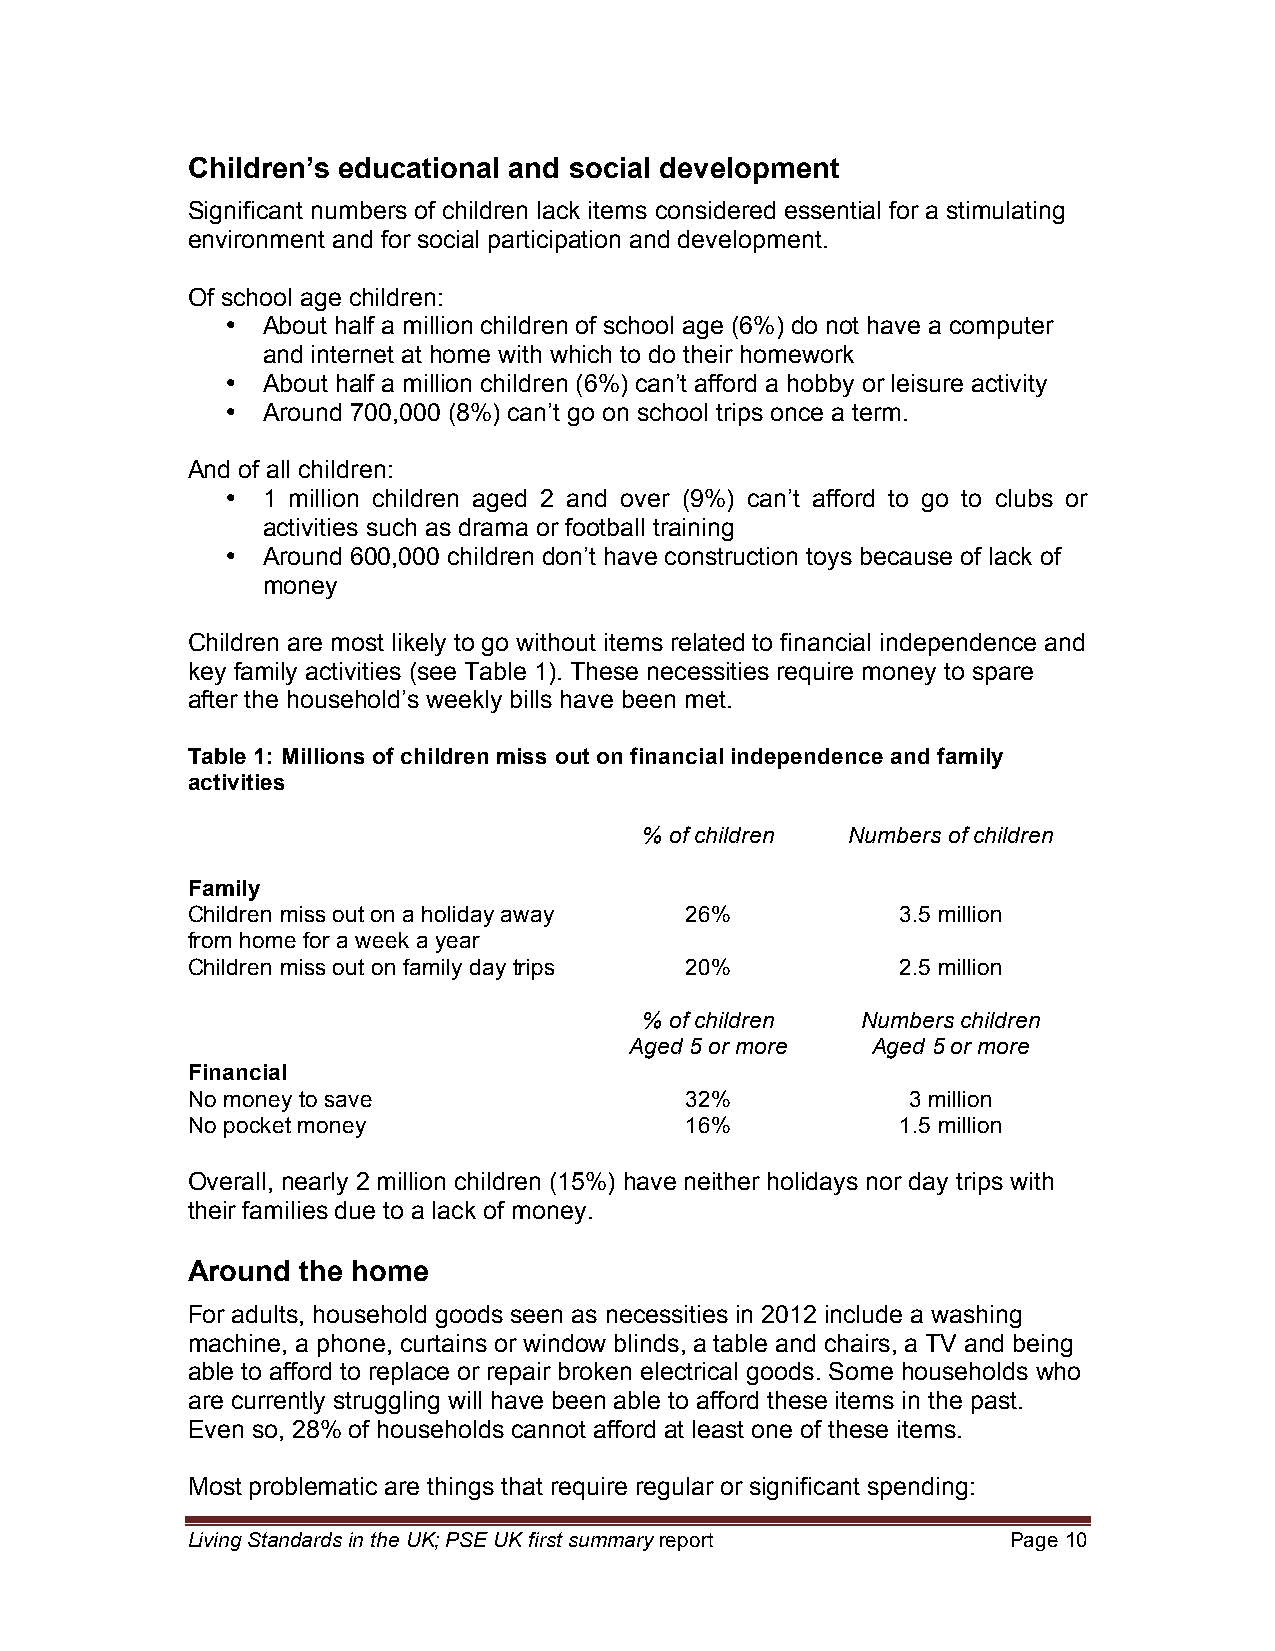
Children’s educational and social development
 Significant numbers of children lack items considered essential for a stimulating
 environment and for social participation and development.
 Of school age children:
 • About half a million children of school age (6%) do not have a computer
 and internet at home with which to do their homework
 • About half a million children (6%) can’t afford a hobby or leisure activity
 • Around 700,000 (8%) can’t go on school trips once a term.
 And of all children:
 • 1 million children aged 2 and over (9%) can’t afford to go to clubs or
 activities such as drama or football training
 • Around 600,000 children don’t have construction toys because of lack of
 money
 Children are most likely to go without items related to financial independence and
 key family activities (see Table 1). These necessities require money to spare
 after the household’s weekly bills have been met.
 Table 1: Millions of children miss out on financial independence and family
 activities
 % of children Numbers of children
 Family
 Children miss out on a holiday away 26%         3.5 million
 from home for a week a year
 Children miss out on family day trips 20%       2.5 million
 % of children Numbers children
 Aged 5 or more  Aged 5 or more
 Financial
 No money to save                 32%            3 million
 No pocket money                  16%            1.5 million
 Overall, nearly 2 million children (15%) have neither holidays nor day trips with
 their families due to a lack of money.
 Around  the home
 For adults, household goods seen as necessities in 2012 include a washing
 machine, a phone, curtains or window blinds, a table and chairs, a TV and being
 able to afford to replace or repair broken electrical goods. Some households who
 are currently struggling will have been able to afford these items in the past.
 Even so, 28% of households cannot afford at least one of these items.
 Most problematic are things that require regular or significant spending:
 Living Standards in the UK; PSE UK first summary report Page 10